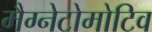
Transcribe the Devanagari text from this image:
मैग्नेटोमोटिव